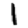
Digit: 1